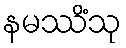
နမဿိံသု